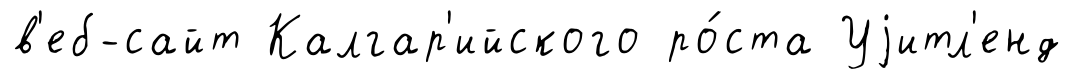
в'еб-сайт Калгар'ийского ро́ста Уjитл'енд